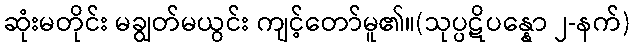
ဆုံးမတိုင်း မချွတ်မယွင်း ကျင့်တော်မူ၏။(သုပ္ပဋိပန္နော ၂-နက်)